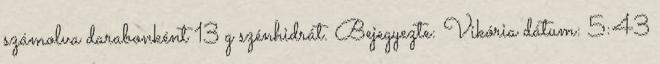
számolva darabonként 13 g szénhidrát. Bejegyezte: Vikória dátum: 5:43